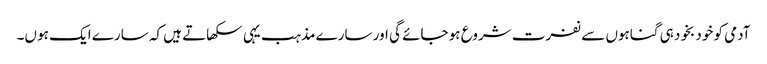
آدمی کو خود بخود ہی گناہوں سے نفرت شروع ہو جائے گی اور سارے مذہب یہی سکھاتے ہیں کہ سارے ایک ہو ں۔